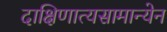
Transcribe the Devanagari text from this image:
दाक्षिणात्यसामान्येन